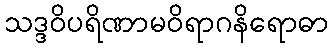
သဒ္ဒဝိပရိဏာမဝိရာဂနိရောဓာ